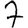
Digit: 7